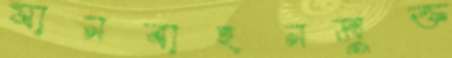
যানবাহনমুক্ত